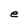
Character: e